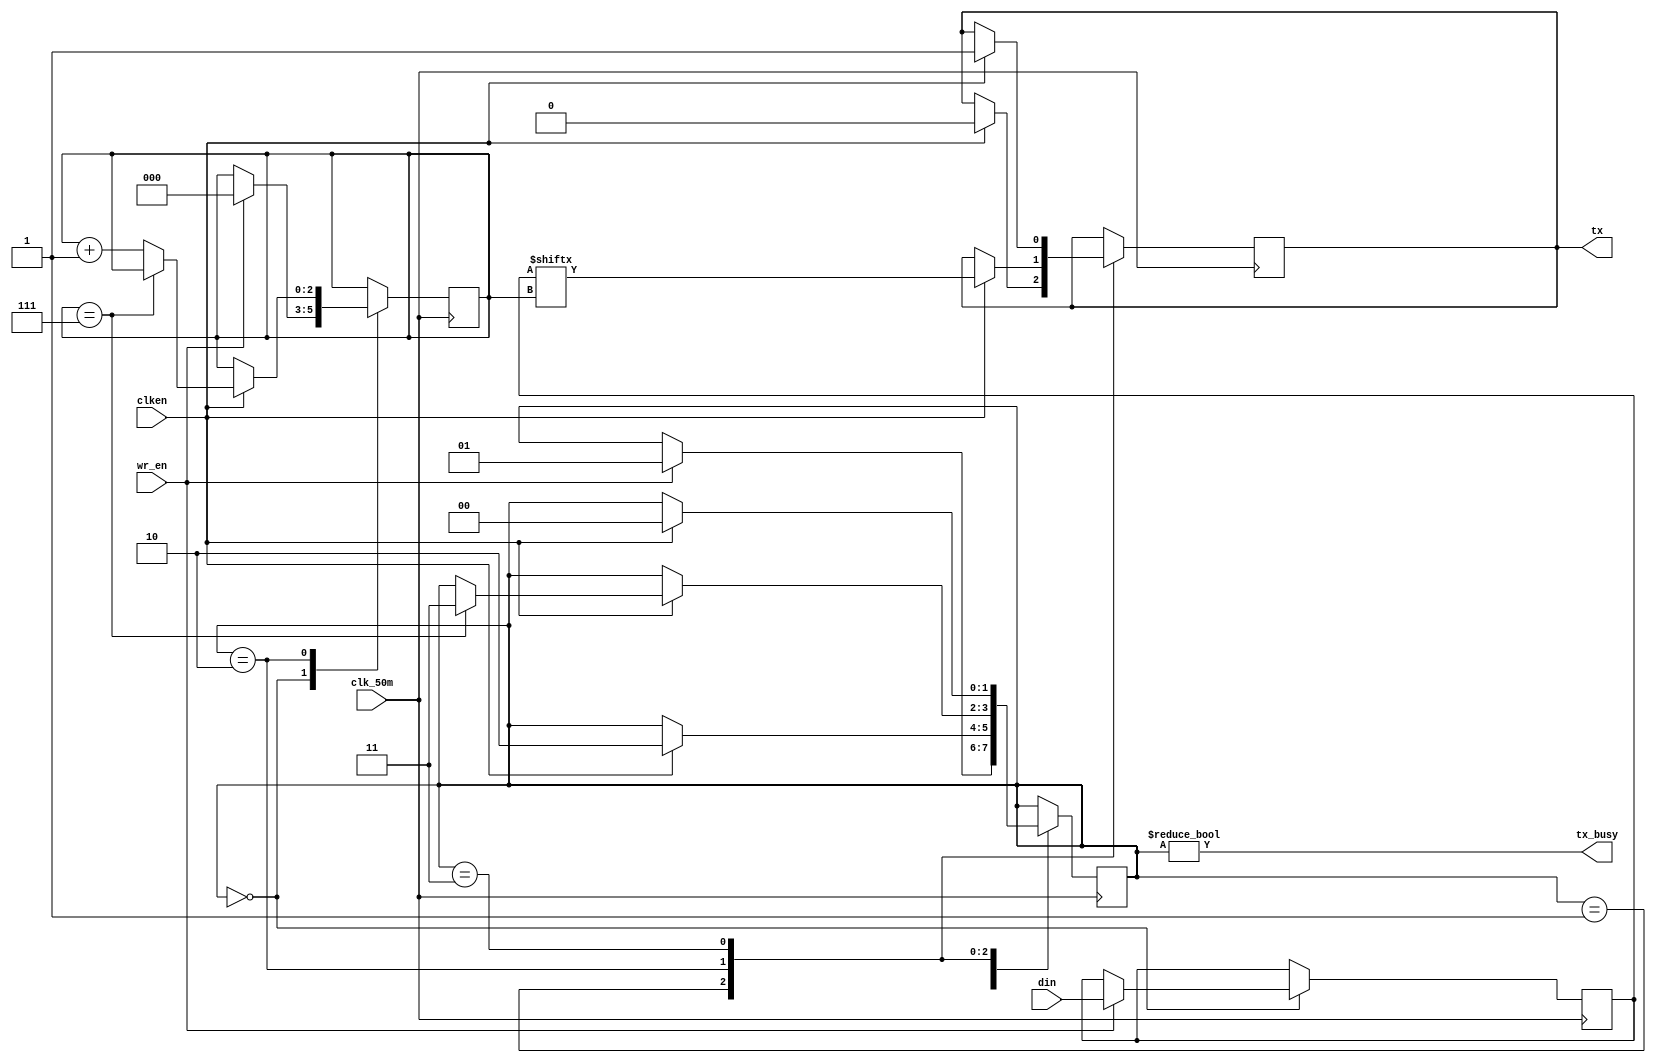
module transmitter(
	input wire [7:0] din,
	input wire wr_en,
	input wire clk_50m,
	input wire clken,
	output reg tx,
	output wire tx_busy
);

initial begin
	 tx = 1'b1;
end

parameter STATE_IDLE	= 2'b00;
parameter STATE_START	= 2'b01;
parameter STATE_DATA	= 2'b10;
parameter STATE_STOP	= 2'b11;

reg [7:0] data = 8'h00;
reg [2:0] bitpos = 3'h0;
reg [1:0] state = STATE_IDLE;

always @(posedge clk_50m) begin
	case (state)
	STATE_IDLE: begin
		if (wr_en) begin
			state <= STATE_START;
			data <= din;
			bitpos <= 3'h0;
		end
	end
	STATE_START: begin
		if (clken) begin
			tx <= 1'b0;
			state <= STATE_DATA;
		end
	end
	STATE_DATA: begin
		if (clken) begin
			if (bitpos == 3'h7)
				state <= STATE_STOP;
			else
				bitpos <= bitpos + 3'h1;
			tx <= data[bitpos];
		end
	end
	STATE_STOP: begin
		if (clken) begin
			tx <= 1'b1;
			state <= STATE_IDLE;
		end
	end
	default: begin
		tx <= 1'b1;
		state <= STATE_IDLE;
	end
	endcase
end

assign tx_busy = (state != STATE_IDLE);

endmodule